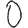
Digit: 0